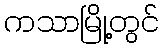
ကသာမြို့တွင်